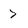
Character: 7